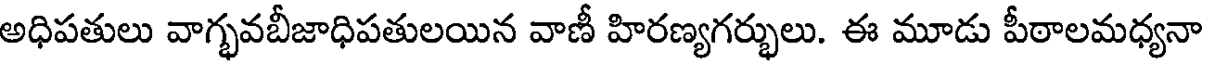
అధిపతులు వాగ్భవబీజాధిపతులయిన వాణీ హిరణ్యగర్భులు. ఈ మూడు పీఠాలమధ్యనా